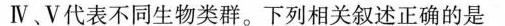
Ⅳ﹑V代表不同生物类群。下列相关叙述正确的是